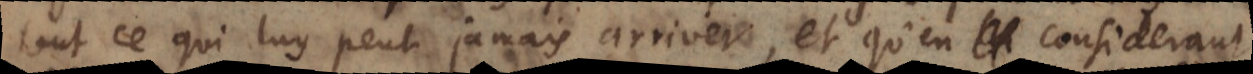
tout ce qui luy peut jamais arriver, et qu’en considerant